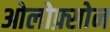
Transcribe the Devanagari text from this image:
ओलोफ़्सोन